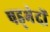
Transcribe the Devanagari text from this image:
षड्भेदों